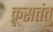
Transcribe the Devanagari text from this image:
क्रूसतंतु